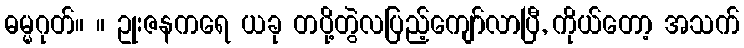
ဓမ္မဂုတ်။ ။ ဥုးဇနကရေ ယခု တပို့တွဲလပြည့်ကျော်လာပြီ, ကိုယ်တော့ အသက်